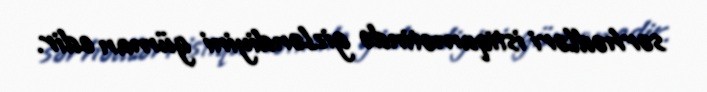
sərhədləri istiqamətində gizləndiyini güman edir.